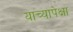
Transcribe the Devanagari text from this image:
याच्यापेक्षा